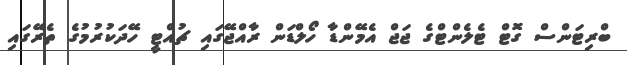
ބްރިޓަންސް ގޮޓް ޓެލެންޓްގެ ޖަޖް އެމޭންޑާ ހޯލްޑަން ރާއްޖޭގައި ޗުއްޓީ ހޭދަކުރުމުގެ ތެރޭގައި